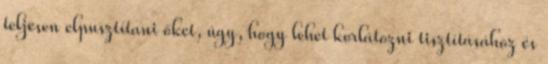
teljesen elpusztítani őket, úgy, hogy lehet korlátozni tisztításához és